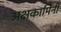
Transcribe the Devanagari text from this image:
अक्षकामिनी